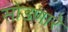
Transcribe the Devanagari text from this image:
सोडणारे